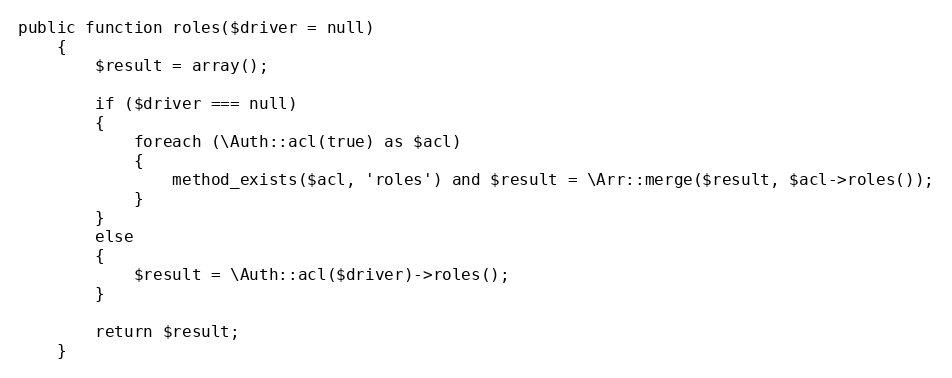
Language: PHP
public function roles($driver = null)
	{
		$result = array();

		if ($driver === null)
		{
			foreach (\Auth::acl(true) as $acl)
			{
				method_exists($acl, 'roles') and $result = \Arr::merge($result, $acl->roles());
			}
		}
		else
		{
			$result = \Auth::acl($driver)->roles();
		}

		return $result;
	}